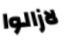
لازالوا